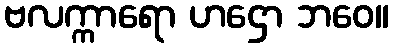
ဗလက္ကာရော ဟဌော ဘဝေ။